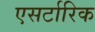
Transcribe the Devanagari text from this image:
एसर्टारिक